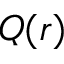
Q ( r )